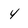
Character: 4